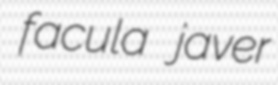
facula javer